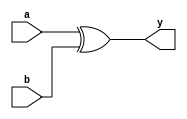
module myxor(a,b,y);
	input a,b;
	output y;
	assign y = a^b;
endmodule